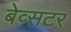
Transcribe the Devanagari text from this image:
बेव्सटर